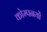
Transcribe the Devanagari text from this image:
कोम्पनयों